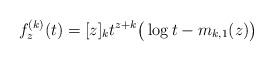
LaTeX: \begin{align*}f_z^{(k)}(t) = [z]_kt^{z+k}\big(\log t-m_{k,1}(z)\big)\quad\end{align*}